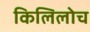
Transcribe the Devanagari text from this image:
किलिलोच